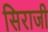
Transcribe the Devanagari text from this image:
सिराजी